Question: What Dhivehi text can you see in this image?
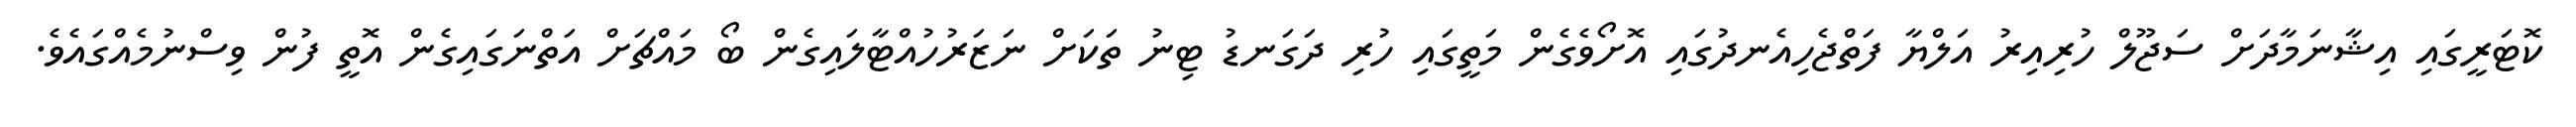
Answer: ކޮޓަރީގައި އިޝާނަމާދަށް ސަޖޫލް ހުރިއިރު އަލްޔާ ފަތްޖެހިއެނދުގައި އޮށޯވެގެން މަތީގައި ހުރި ދަގަނޑު ޓިނު ތަކަށް ނަޒަރުހުއްޓާލައިގެން ބޯ މައްޗަށް އަތްނަގައިގެން އޮތީ ފުން ވިސްނުމެއްގައެވެ.